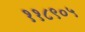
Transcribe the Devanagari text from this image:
११८९०५